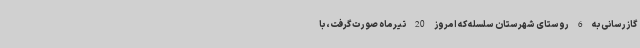
گازرسانی به 6 روستای شهرستان سلسله که امروز 20 تیرماه صورت گرفت، با